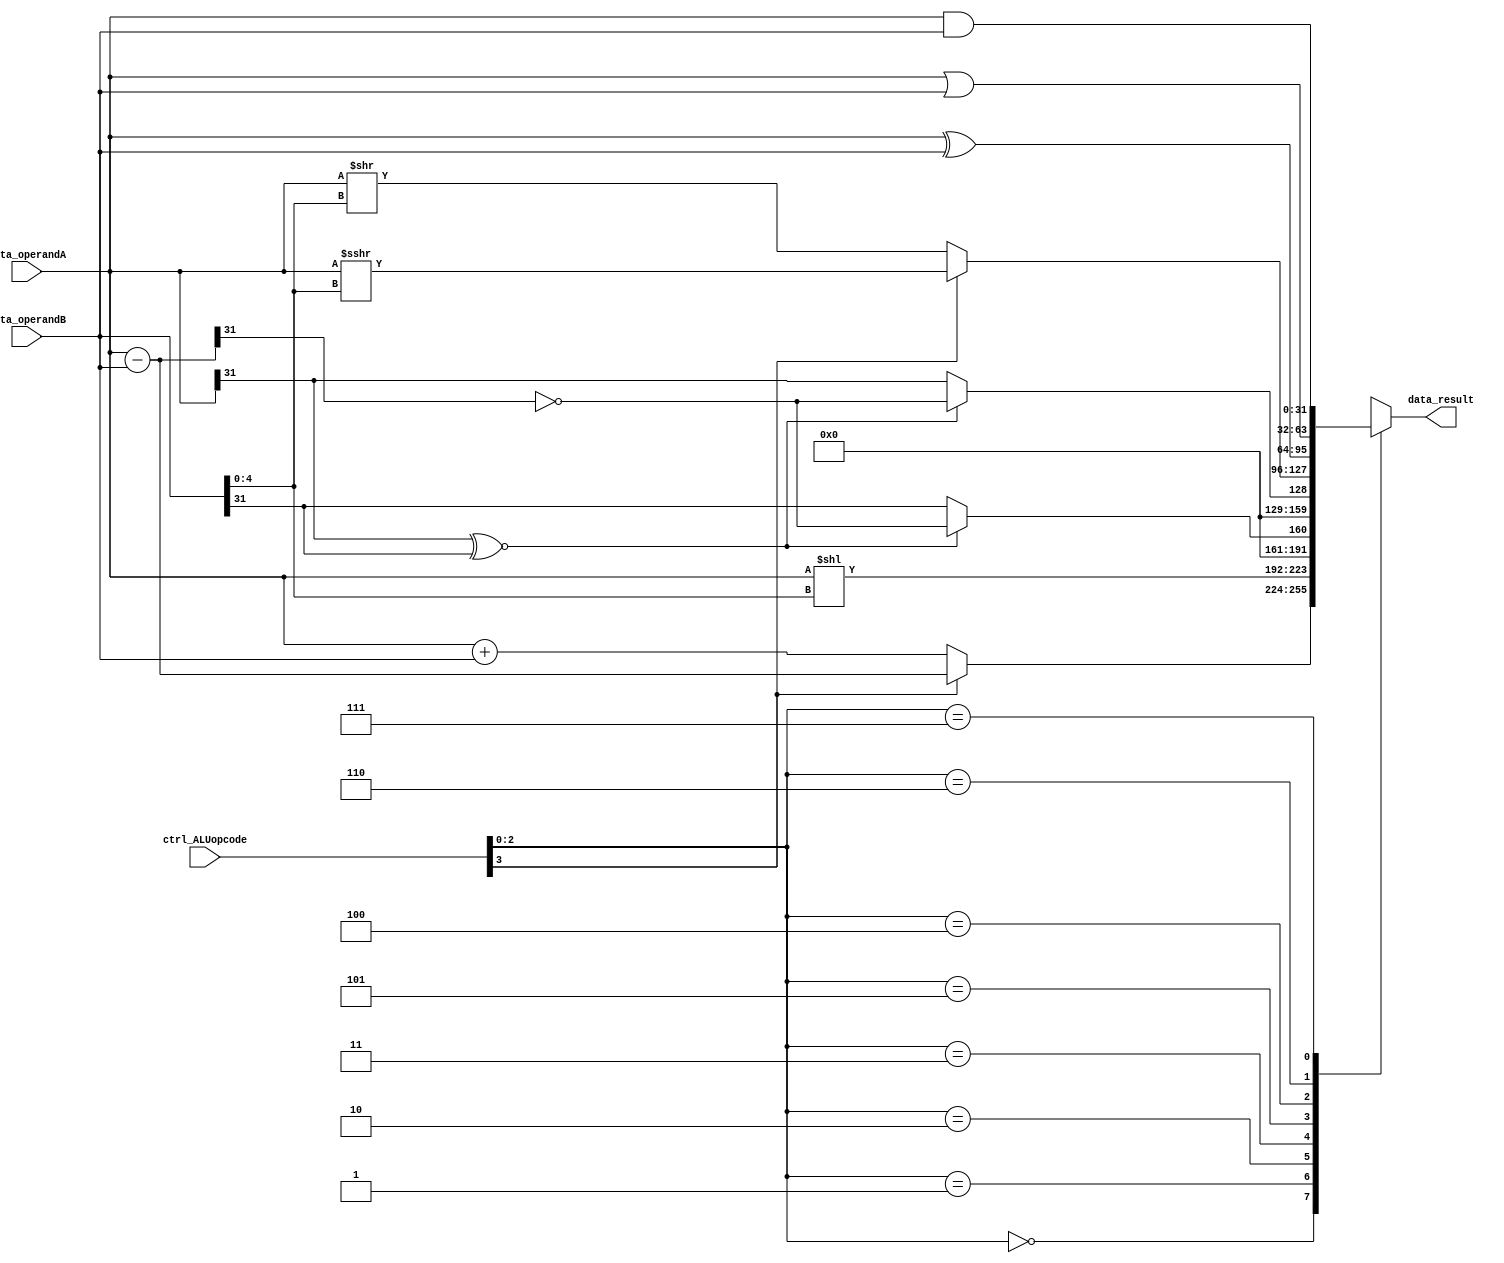
// ALU Functions:
// ADD  : 0000
// SUB  : 1000
// SLL  : 0001
// SLT  : 0010
// SLTU : 0011
// SRL  : 0101
// SRA  : 1101
// XOR  : 0100
// AND  : 0111
// OR   : 0110

module alu(
    input signed [31:0] data_operandA, 
    input signed [31:0] data_operandB, 
    input [3:0] ctrl_ALUopcode,
    output reg [31:0] data_result);

    wire[31:0] add_sub_out, add, sub;
    assign add = data_operandA + data_operandB;
    assign sub = data_operandA - data_operandB;
    assign add_sub_out = ctrl_ALUopcode[3] == 1'b0 ? 
        add : sub;

    wire[31:0] sr_out, sr_out_1, sr_out_2;
    wire [4:0] shamt;
    assign shamt = data_operandB[4:0];
    assign sr_out = (ctrl_ALUopcode[3] == 1'b0) ? 
        data_operandA >> data_operandB[4:0] : data_operandA >>> data_operandB[4:0];
    wire[31:0] slt_out, sltu_out;
    wire same_sign, slt_bit, sltu_bit;
    assign same_sign = data_operandA[31] ~^ data_operandB[31];
    assign slt_bit = (same_sign == 1'b1) ? ~sub[31] : data_operandB[31];
    assign sltu_bit = (same_sign == 1'b1) ? ~sub[31] : data_operandA[31];
    assign slt_out = {31'd0, slt_bit};
    assign sltu_out = {31'd0, sltu_bit};

    always @(*) begin
        case (ctrl_ALUopcode[2:0])
            3'b000: data_result = add_sub_out;
            3'b001: data_result = data_operandA << data_operandB[4:0];
            3'b010: data_result = slt_out;
            3'b011: data_result = sltu_out;
            3'b101: data_result = sr_out;
            3'b100: data_result = data_operandA ^ data_operandB;
            3'b110: data_result = data_operandA | data_operandB;
            3'b111: data_result = data_operandA & data_operandB; 
        endcase
    end

endmodule